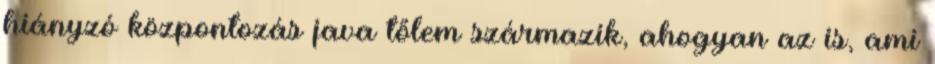
hiányzó központozás java tőlem származik, ahogyan az is, ami